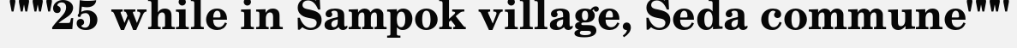
"""25 while in Sampok village, Seda commune"""